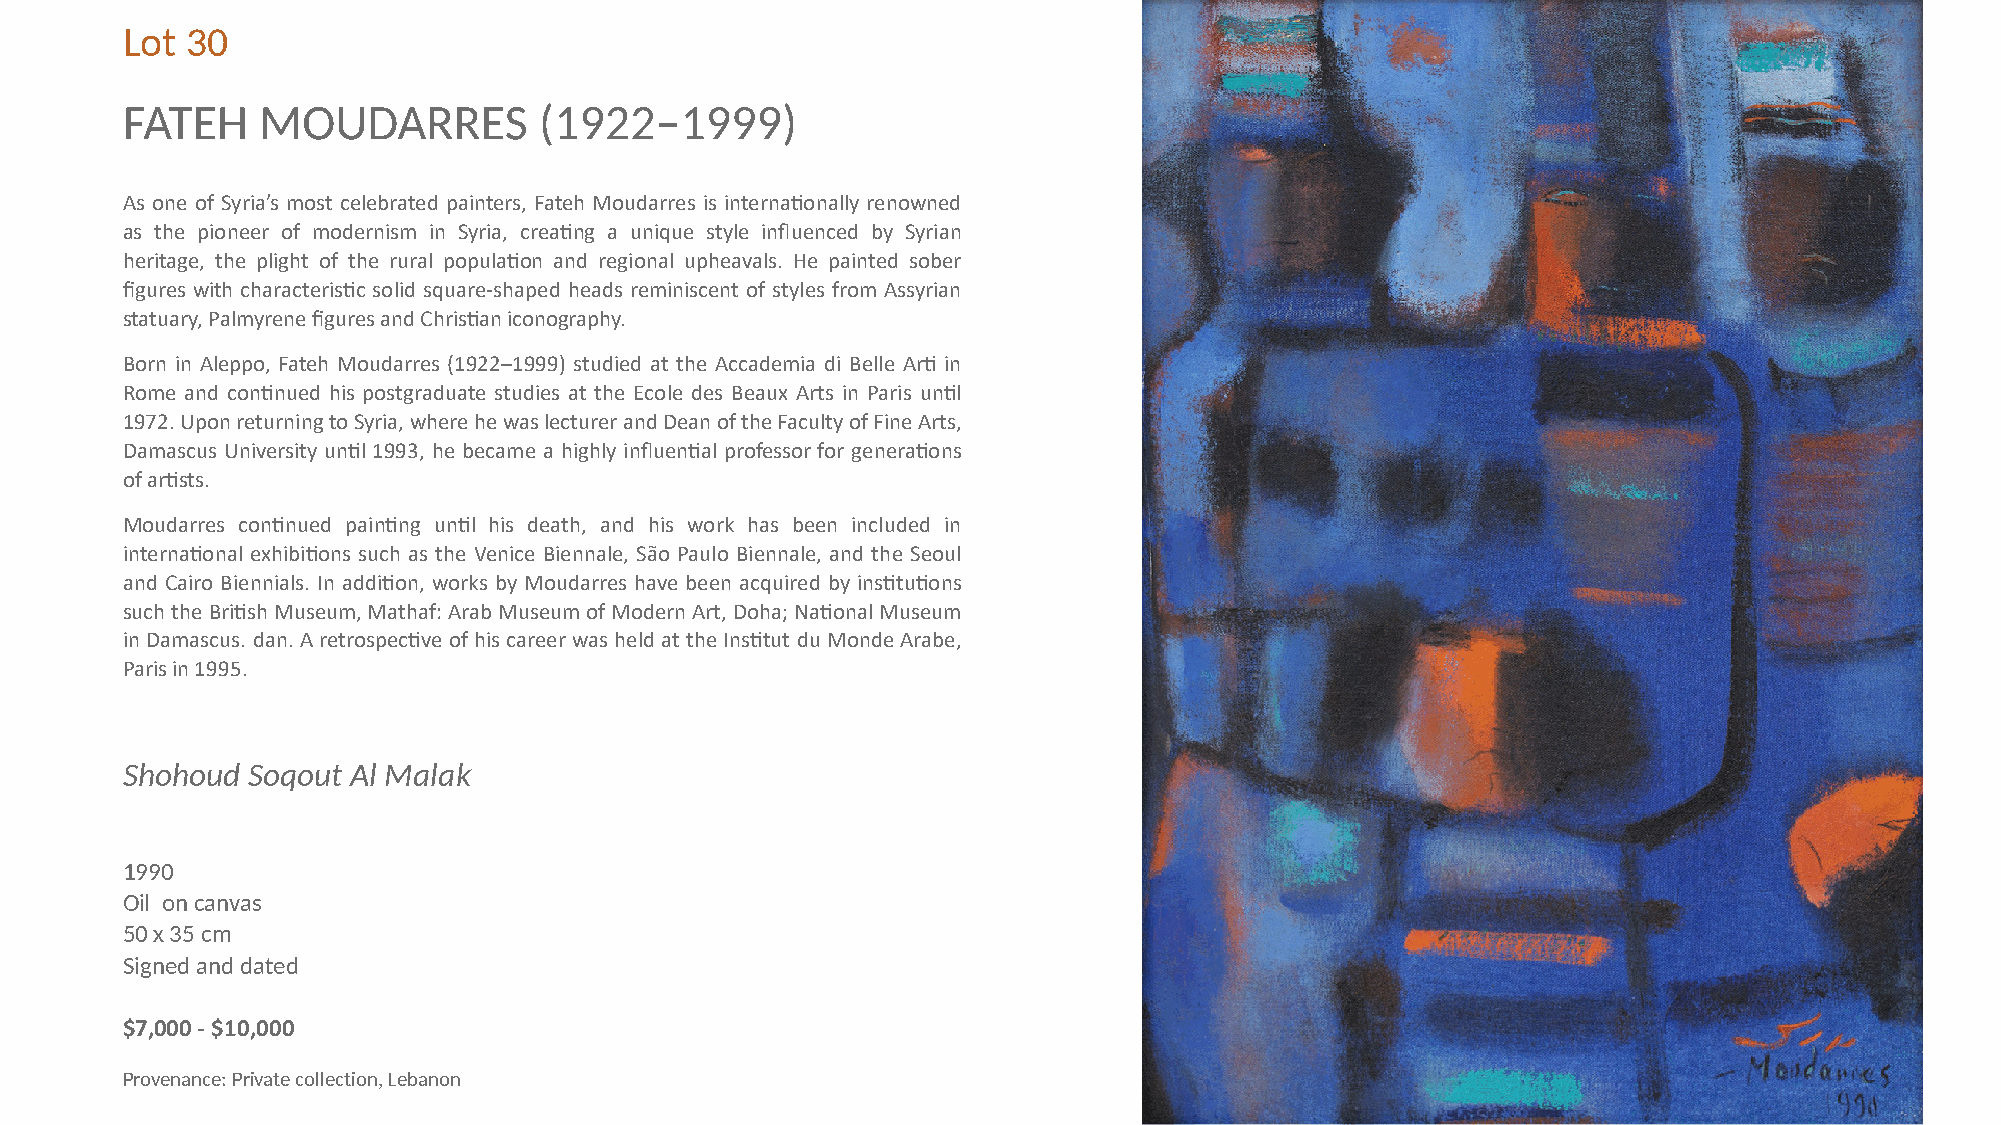
Lot 30
 FATEH    MOUDARRES          (1922–1999)
 As one of Syria’s most celebrated painters, Fateh Moudarres is internaNonally renowned
 as the pioneer of modernism in Syria, creaNng a unique style influenced by Syrian
 heritage, the plight of the rural populaNon and regional upheavals. He painted sober
 figures with characterisNc solid square-shaped heads reminiscent of styles from Assyrian
 statuary, Palmyrene figures and ChrisNan iconography.
 Born in Aleppo, Fateh Moudarres (1922–1999) studied at the Accademia di Belle ArN in
 Rome and conNnued his postgraduate studies at the Ecole des Beaux Arts in Paris unNl
 1972. Upon returning to Syria, where he was lecturer and Dean of the Faculty of Fine Arts,
 Damascus University unNl 1993, he became a highly influenNal professor for generaNons
 of arNsts.
 Moudarres conNnued painNng unNl his death, and his work has been included in
 internaNonal exhibiNons such as the Venice Biennale, São Paulo Biennale, and the Seoul
 and Cairo Biennials. In addiNon, works by Moudarres have been acquired by insNtuNons
 such the BriNsh Museum, Mathaf: Arab Museum of Modern Art, Doha; NaNonal Museum
 in Damascus. dan. A retrospecNve of his career was held at the InsNtut du Monde Arabe,
 Paris in 1995.
 Shohoud Soqout Al Malak
 1990
 Oil on canvas
 50 x 35 cm
 Signed and dated
 $7,000 - $10,000
 Provenance: Private collection, Lebanon